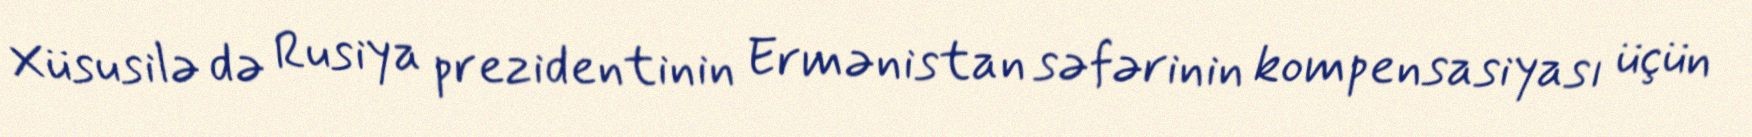
Xüsusilə də Rusiya prezidentinin Ermənistan səfərinin kompensasiyası üçün